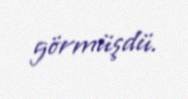
görmüşdü.